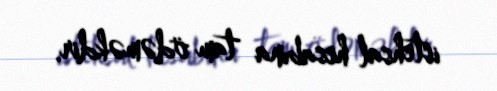
istehsal hesabına tam ödəməkdir.